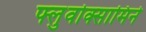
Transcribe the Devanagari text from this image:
फ्लुवोक्सामिने